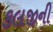
કલજીની